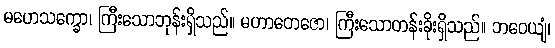
မဟေသက္ခော၊ ကြီးသောဘုန်းရှိသည်။ မဟာတေဇော၊ ကြီးသောတန်းခိုးရှိသည်။ ဘဝေယျံ၊